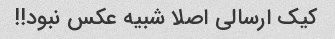
کیک ارسالی اصلا شبیه عکس نبود!!